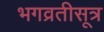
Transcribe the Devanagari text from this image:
भगव्रतीसूत्र